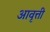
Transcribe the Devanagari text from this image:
अावृत्ती